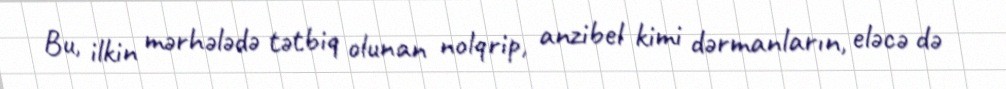
Bu, ilkin mərhələdə tətbiq olunan nolqrip, anzibel kimi dərmanların, eləcə də